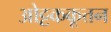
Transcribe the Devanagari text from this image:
ओट्टककूत्तन